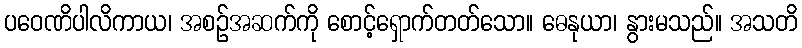
ပဝေဏိပါလိကာယ၊ အစဉ်အဆက်ကို စောင့်ရှောက်တတ်သော။ ဓေနုယာ၊ နွားမသည်။ အသတိ